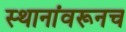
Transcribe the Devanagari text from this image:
स्थानांवरूनच